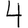
Digit: 4